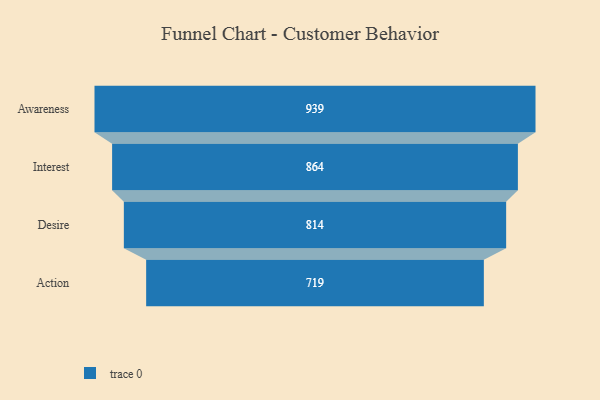
{"axis": {"x": "Stage", "y": "Value"}, "legend": [""], "data": [{"x": "Awareness", "y": 939.0, "type": ""}, {"x": "Interest", "y": 864.0, "type": ""}, {"x": "Desire", "y": 814.0, "type": ""}, {"x": "Action", "y": 719.0, "type": ""}]}